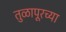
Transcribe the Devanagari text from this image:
तुळापूरच्या